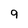
Character: 9